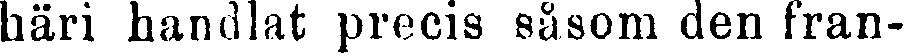
häri handlat precis såsom dem fran-